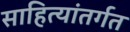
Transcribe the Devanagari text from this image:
साहित्यांतर्गत